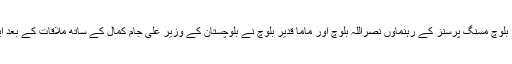
کیمپ کو ختم کرنے کا اعلان وائس فار بلوچ مسنگ پرسنز کے رہنماوں نصراللہ بلوچ اور ماما قدیر بلوچ نے بلوچستان کے وزیر علی جام کمال کے ساتھ ملاقات کے بعد ایک پریس کانفرنس کے دوران کیا ہے۔